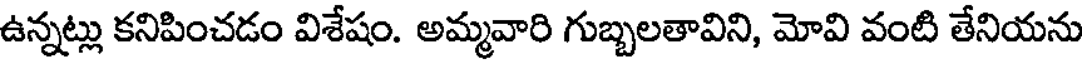
ఉన్నట్లు కనిపించడం విశేషం. అమ్మవారి గుబ్బలతావిని, మోవి వంటి తేనియను